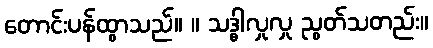
တောင်းပန်ထွာသည်။ ။ သဒ္ဓါလှုလှု ညွတ်သတည်း။